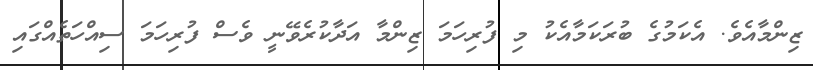
ޒިންމާއެވެ. އެކަމުގެ ބުރަކަމާއެކު މި ފުރިހަމަ ޒިންމާ އަދާކުރެވޭނީ ވެސް ފުރިހަަމަ ސިއްހަތެއްގައި